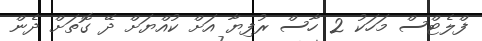
ފްލެޓްސް މަހަކު 2 ހާސް ރުފިޔާ އަށް ކުއްޔަށް ދޭ ގޮތަށް ދެން